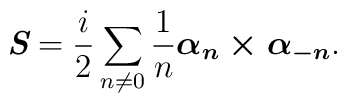
\textit{\textbf{S}}= \frac{i}{2}\sum _{n\neq 0}\frac{1}{n}\mbox{\boldmath $\alpha_n\times \alpha_{-n}$}.